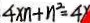
4 \times n + n ^ { 2 } = 4 x